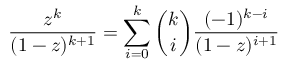
{ \frac { z ^ { k } } { ( 1 - z ) ^ { k + 1 } } } = \sum _ { i = 0 } ^ { k } { \binom { k } { i } } { \frac { ( - 1 ) ^ { k - i } } { ( 1 - z ) ^ { i + 1 } } }